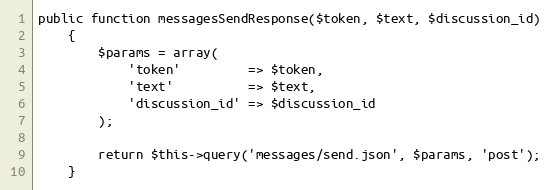
Language: PHP
public function messagesSendResponse($token, $text, $discussion_id)
    {
        $params = array(
            'token'         => $token,
            'text'          => $text,
            'discussion_id' => $discussion_id
        );

        return $this->query('messages/send.json', $params, 'post');
    }